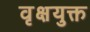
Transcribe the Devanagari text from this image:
वृक्षयुक्त